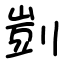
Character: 剴